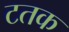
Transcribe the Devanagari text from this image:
टतक